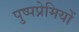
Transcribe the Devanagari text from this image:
पुष्पप्रेमियों